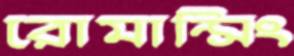
রোমান্সিং